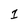
Character: 1